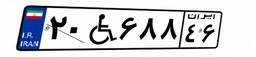
۲۰W۶۸۸۴۶